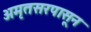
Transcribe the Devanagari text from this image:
अमृतसरपासून